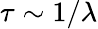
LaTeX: \tau\sim 1/\lambda